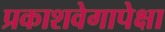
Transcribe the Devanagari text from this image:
प्रकाशवेगापेक्षा